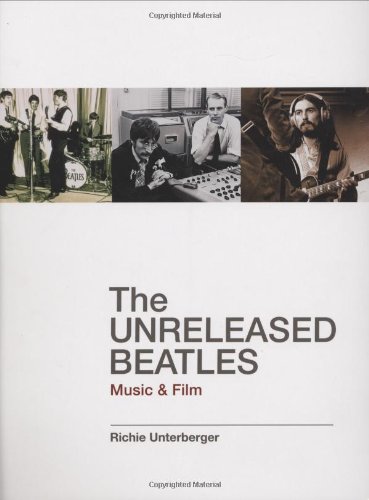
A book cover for The Unreleased Beatles: Music & Film; Richie Unterberger; Humor & Entertainment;